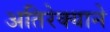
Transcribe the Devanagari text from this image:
अतिरेक्याने